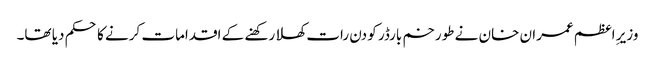
وزیرِ اعظم عمران خان نے طورخم بارڈر کو دن رات کھلا رکھنے کے اقدامات کرنے کا حکم دیا تھا۔